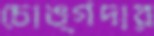
চোঙ্গদার